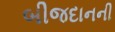
બીજદાનની